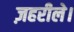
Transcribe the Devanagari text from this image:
ज़हरीले।